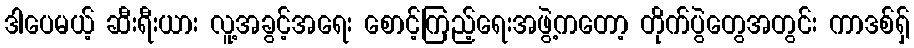
ဒါပေမယ့် ဆီးရီးယား လူ့အခွင့်အရေး စောင့်ကြည့်ရေးအဖွဲ့ကတော့ တိုက်ပွဲတွေအတွင်း ကာဒစ်ရှ်